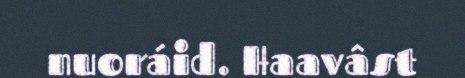
nuoráid. Haavâst